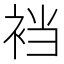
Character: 裆